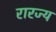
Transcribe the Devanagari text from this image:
रारज्य